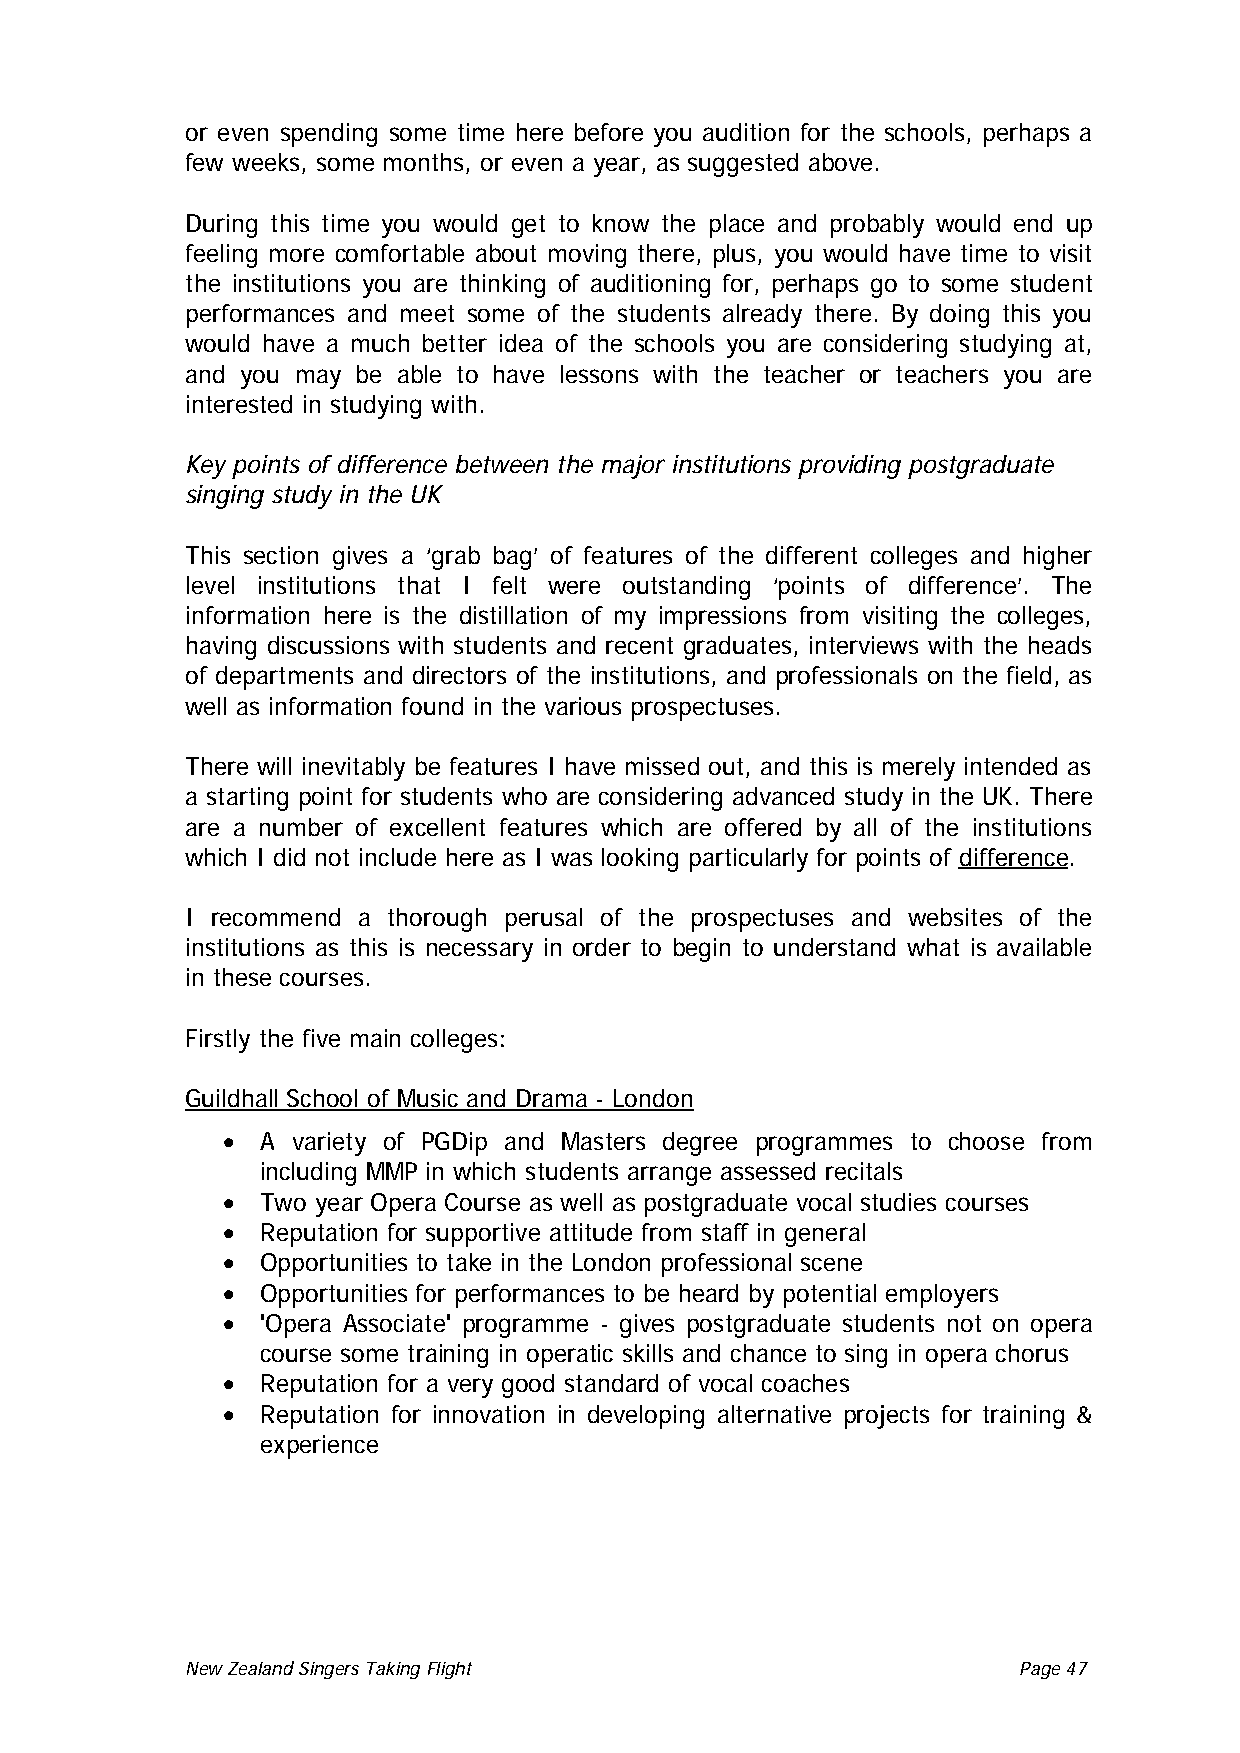
or even spending some time here before you audition for the schools, perhaps a
 few weeks, some months, or even a year, as suggested above.
 During this time you would get to know the place and probably would end up
 feeling more comfortable about moving there, plus, you would have time to visit
 the institutions you are thinking of auditioning for, perhaps go to some student
 performances and meet some of the students already there. By doing this you
 would have a much better idea of the schools you are considering studying at,
 and you may be able to have lessons with the teacher or teachers you are
 interested in studying with.
 Key points of difference between the major institutions providing postgraduate
 singing study in the UK
 This section gives a ‘grab bag’ of features of the different colleges and higher
 level institutions that I felt were outstanding ‘points of difference’. The
 information here is the distillation of my impressions from visiting the colleges,
 having discussions with students and recent graduates, interviews with the heads
 of departments and directors of the institutions, and professionals on the field, as
 well as information found in the various prospectuses.
 There will inevitably be features I have missed out, and this is merely intended as
 a starting point for students who are considering advanced study in the UK. There
 are a number of excellent features which are offered by all of the institutions
 which I did not include here as I was looking particularly for points of difference.
 I recommend a thorough perusal of the prospectuses and websites of the
 institutions as this is necessary in order to begin to understand what is available
 in these courses.
 Firstly the five main colleges:
 Guildhall School of Music and Drama - London
 • A variety of PGDip and Masters degree programmes to choose from
 including MMP in which students arrange assessed recitals
 • Two year Opera Course as well as postgraduate vocal studies courses
 • Reputation for supportive attitude from staff in general
 • Opportunities to take in the London professional scene
 • Opportunities for performances to be heard by potential employers
 • 'Opera Associate' programme - gives postgraduate students not on opera
 course some training in operatic skills and chance to sing in opera chorus
 • Reputation for a very good standard of vocal coaches
 • Reputation for innovation in developing alternative projects for training &
 experience
 New Zealand Singers Taking Flight Page 47